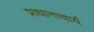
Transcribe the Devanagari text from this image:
प्राधानाचार्य